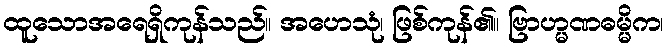
ထူသောအရေရှိကုန်သည်။ အဟေသုံ၊ ဖြစ်ကုန်၏။ ဗြာဟ္မဏဓမ္မိက၊